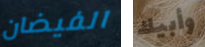
الفيضان وأبيك